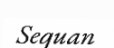
Sequan